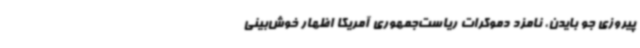
پیروزی جو بایدن، نامزد دموکرات ریاست‌جمهوری آمریکا اظهار خوش‌بینی